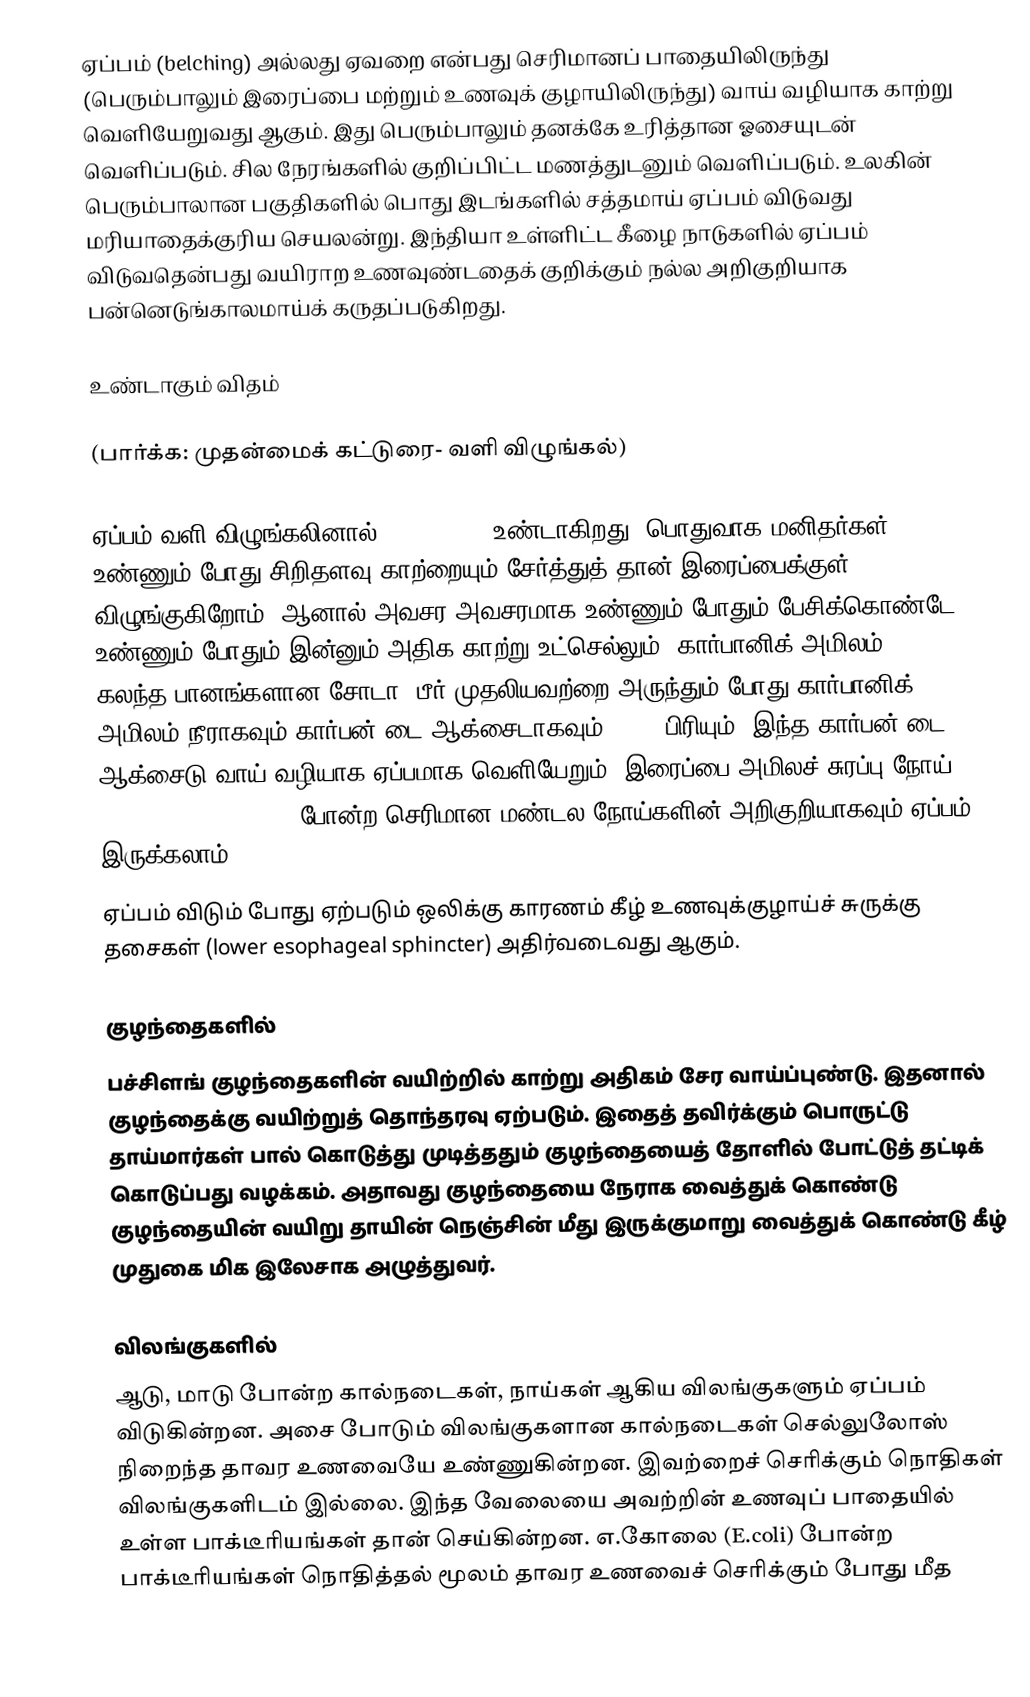
ஏப்பம் (belching) அல்லது ஏவறை என்பது செரிமானப் பாதையிலிருந்து (பெரும்பாலும் இரைப்பை மற்றும் உணவுக் குழாயிலிருந்து) வாய் வழியாக  காற்று வெளியேறுவது ஆகும். இது பெரும்பாலும் தனக்கே உரித்தான ஓசையுடன் வெளிப்படும். சில நேரங்களில் குறிப்பிட்ட மணத்துடனும் வெளிப்படும். உலகின் பெரும்பாலான பகுதிகளில் பொது இடங்களில் சத்தமாய் ஏப்பம் விடுவது மரியாதைக்குரிய செயலன்று. இந்தியா உள்ளிட்ட கீழை நாடுகளில் ஏப்பம் விடுவதென்பது வயிராற உணவுண்டதைக் குறிக்கும் நல்ல அறிகுறியாக பன்னெடுங்காலமாய்க் கருதப்படுகிறது.

உண்டாகும் விதம்

(பார்க்க: முதன்மைக் கட்டுரை- வளி விழுங்கல்)

ஏப்பம் வளி விழுங்கலினால் (aerophagy) உண்டாகிறது. பொதுவாக மனிதர்கள் உண்ணும் போது சிறிதளவு காற்றையும் சேர்த்துத் தான் இரைப்பைக்குள் விழுங்குகிறோம். ஆனால் அவசர அவசரமாக உண்ணும் போதும் பேசிக்கொண்டே உண்ணும் போதும் இன்னும் அதிக காற்று உட்செல்லும். கார்பானிக் அமிலம் (H2CO3) கலந்த பானங்களான சோடா, பீர் முதலியவற்றை அருந்தும் போது கார்பானிக் அமிலம் நீராகவும் கார்பன் டை ஆக்சைடாகவும் (C02) பிரியும். இந்த கார்பன் டை ஆக்சைடு வாய் வழியாக ஏப்பமாக வெளியேறும். இரைப்பை அமிலச் சுரப்பு நோய் (acid peptic disease) போன்ற செரிமான மண்டல நோய்களின் அறிகுறியாகவும் ஏப்பம் இருக்கலாம்.
ஏப்பம் விடும் போது ஏற்படும் ஒலிக்கு காரணம் கீழ் உணவுக்குழாய்ச் சுருக்கு தசைகள் (lower esophageal sphincter) அதிர்வடைவது ஆகும்.

குழந்தைகளில்
பச்சிளங் குழந்தைகளின் வயிற்றில் காற்று அதிகம் சேர வாய்ப்புண்டு. இதனால் குழந்தைக்கு வயிற்றுத் தொந்தரவு ஏற்படும். இதைத் தவிர்க்கும் பொருட்டு தாய்மார்கள் பால் கொடுத்து முடித்ததும் குழந்தையைத் தோளில் போட்டுத் தட்டிக் கொடுப்பது வழக்கம். அதாவது குழந்தையை நேராக வைத்துக் கொண்டு குழந்தையின் வயிறு தாயின் நெஞ்சின் மீது இருக்குமாறு வைத்துக் கொண்டு கீழ் முதுகை மிக இலேசாக அழுத்துவர்.

விலங்குகளில்
ஆடு, மாடு போன்ற கால்நடைகள், நாய்கள் ஆகிய விலங்குகளும் ஏப்பம் விடுகின்றன. அசை போடும் விலங்குகளான கால்நடைகள் செல்லுலோஸ் நிறைந்த தாவர உணவையே உண்ணுகின்றன. இவற்றைச் செரிக்கும் நொதிகள் விலங்குகளிடம் இல்லை. இந்த வேலையை அவற்றின் உணவுப் பாதையில் உள்ள பாக்டீரியங்கள் தான் செய்கின்றன.  எ.கோலை (E.coli) போன்ற பாக்டீரியங்கள் நொதித்தல் மூலம் தாவர உணவைச் செரிக்கும் போது மீத